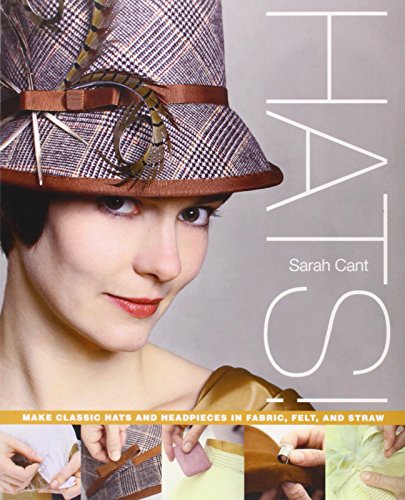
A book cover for Hats!: Make Classic Hats and Headpieces in Fabric, Felt, and Straw; Sarah Cant; Crafts, Hobbies & Home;